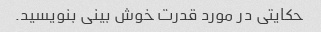
حکایتی در مورد قدرت خوش بینی بنویسید.